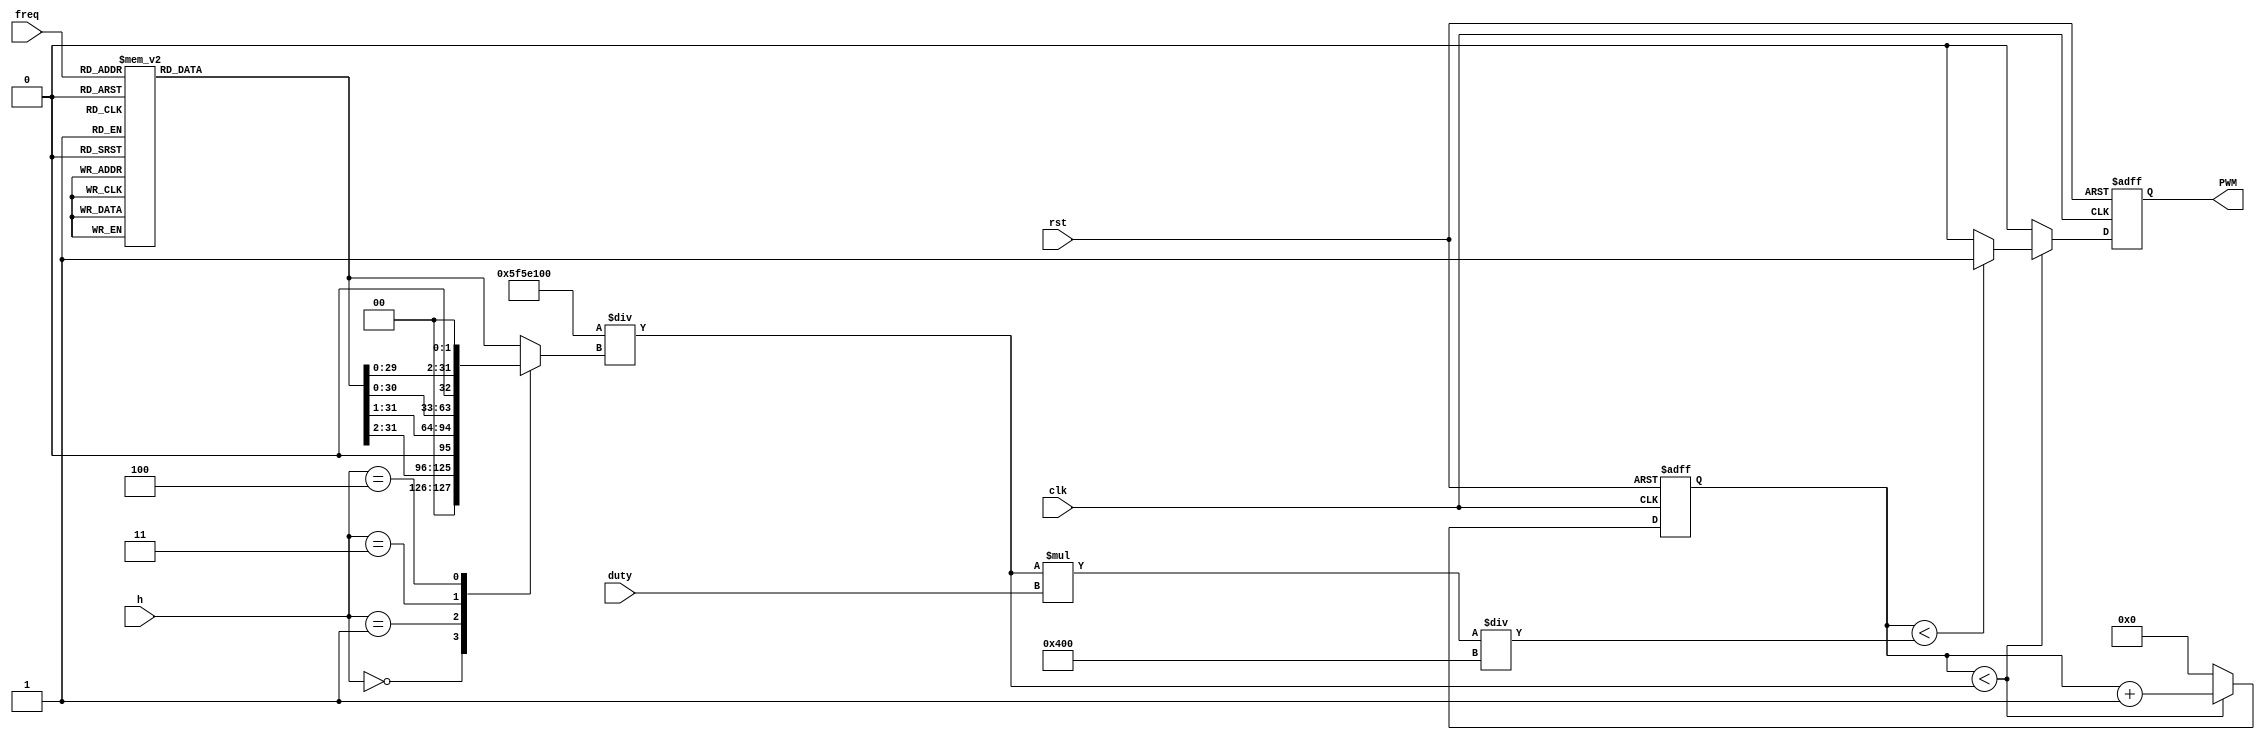
module speaker ( //most of this code is from the sample in class, thank teacher & TAs.
    input wire clk,
    input wire rst,
	input [3:0] freq,
	input [2:0] h,
    input [9:0] duty,
    output reg PWM
);
	
	parameter C  = 4'b0000;
	parameter Cs = 4'b0001;
	parameter D  = 4'b0010;
	parameter Ds = 4'b0011;
	parameter E  = 4'b0100;
	parameter F  = 4'b0101;
	parameter Fs = 4'b0110;
	parameter G  = 4'b0111;
	parameter Gs = 4'b1000;
	parameter A  = 4'b1001;
	parameter As = 4'b1010;
	parameter B  = 4'b1011;
	parameter X  = 4'b1100;
	
	reg [31:0] count;
	reg [31:0] freq_a, freq_b;
	
	wire [31:0] count_max = 100_000_000 / freq_b;
	wire [31:0] count_duty = count_max * duty / 1024;

	always @(posedge clk, posedge rst) begin
		if (rst) begin
			count <= 0;
			PWM <= 0;
		end else if (count < count_max) begin
			count <= count + 1;
			if(count < count_duty)
				PWM <= 1;
			else
				PWM <= 0;
		end else begin
			count <= 0;
			PWM <= 0;
		end
	end

	always @(*) begin
		//decode 12 -> real frequency
		case(freq)
			C:  freq_a = 32'd262;
			Cs: freq_a = 32'd277;
			D:  freq_a = 32'd294;
			Ds: freq_a = 32'd311;
			E:  freq_a = 32'd330;
			F:  freq_a = 32'd349;
			Fs: freq_a = 32'd370;
			G:  freq_a = 32'd392;
			Gs: freq_a = 32'd415;
			A:  freq_a = 32'd440;
			As: freq_a = 32'd466;
			B:  freq_a = 32'd494;
			default:  freq_a = 32'd2000000;
		endcase
	end
	
	always @(*) begin
		//decode 5 one hot -> Octave
		case(h)
			3'b000: freq_b = freq_a >> 2;
			3'b001: freq_b = freq_a >> 1;
			3'b010: freq_b = freq_a;
			3'b011: freq_b = freq_a << 1;
			3'b100: freq_b = freq_a << 2;
			default: freq_b = freq_a;
		endcase
	end
endmodule